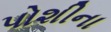
પોશીના